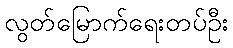
လွတ်မြောက်ရေးတပ်ဦး